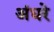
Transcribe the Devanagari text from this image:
अंधरे